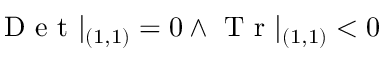
\mathrm { ~ D ~ e ~ t ~ } | _ { ( 1 , 1 ) } = 0 \land \mathrm { ~ T ~ r ~ } | _ { ( 1 , 1 ) } < 0